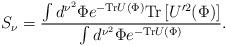
LaTeX: \begin{align*}S_{\nu}={\int d^{\nu^2}\Phi e^{-{\rm Tr} U(\Phi)} {\rm Tr}\left[U'^2(\Phi)\right]\over\int d^{\nu^2}\Phi e^{-{\rm Tr}U(\Phi)}}.\end{align*}